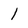
Character: 1